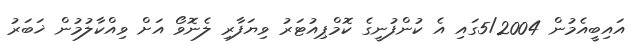
އައިބީއެމުން 5/2004ގައި އެ ކުންފުނީގެ ކޮމްޕިއުޓަރު ވިޔަފާރި ލެނޮވޯ އަށް ވިއްކާލުމުން ޚަބަރު